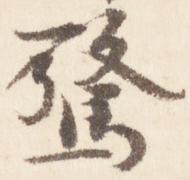
驚